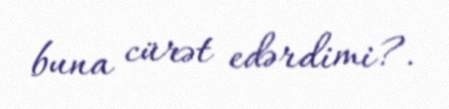
buna cürət edərdimi?.